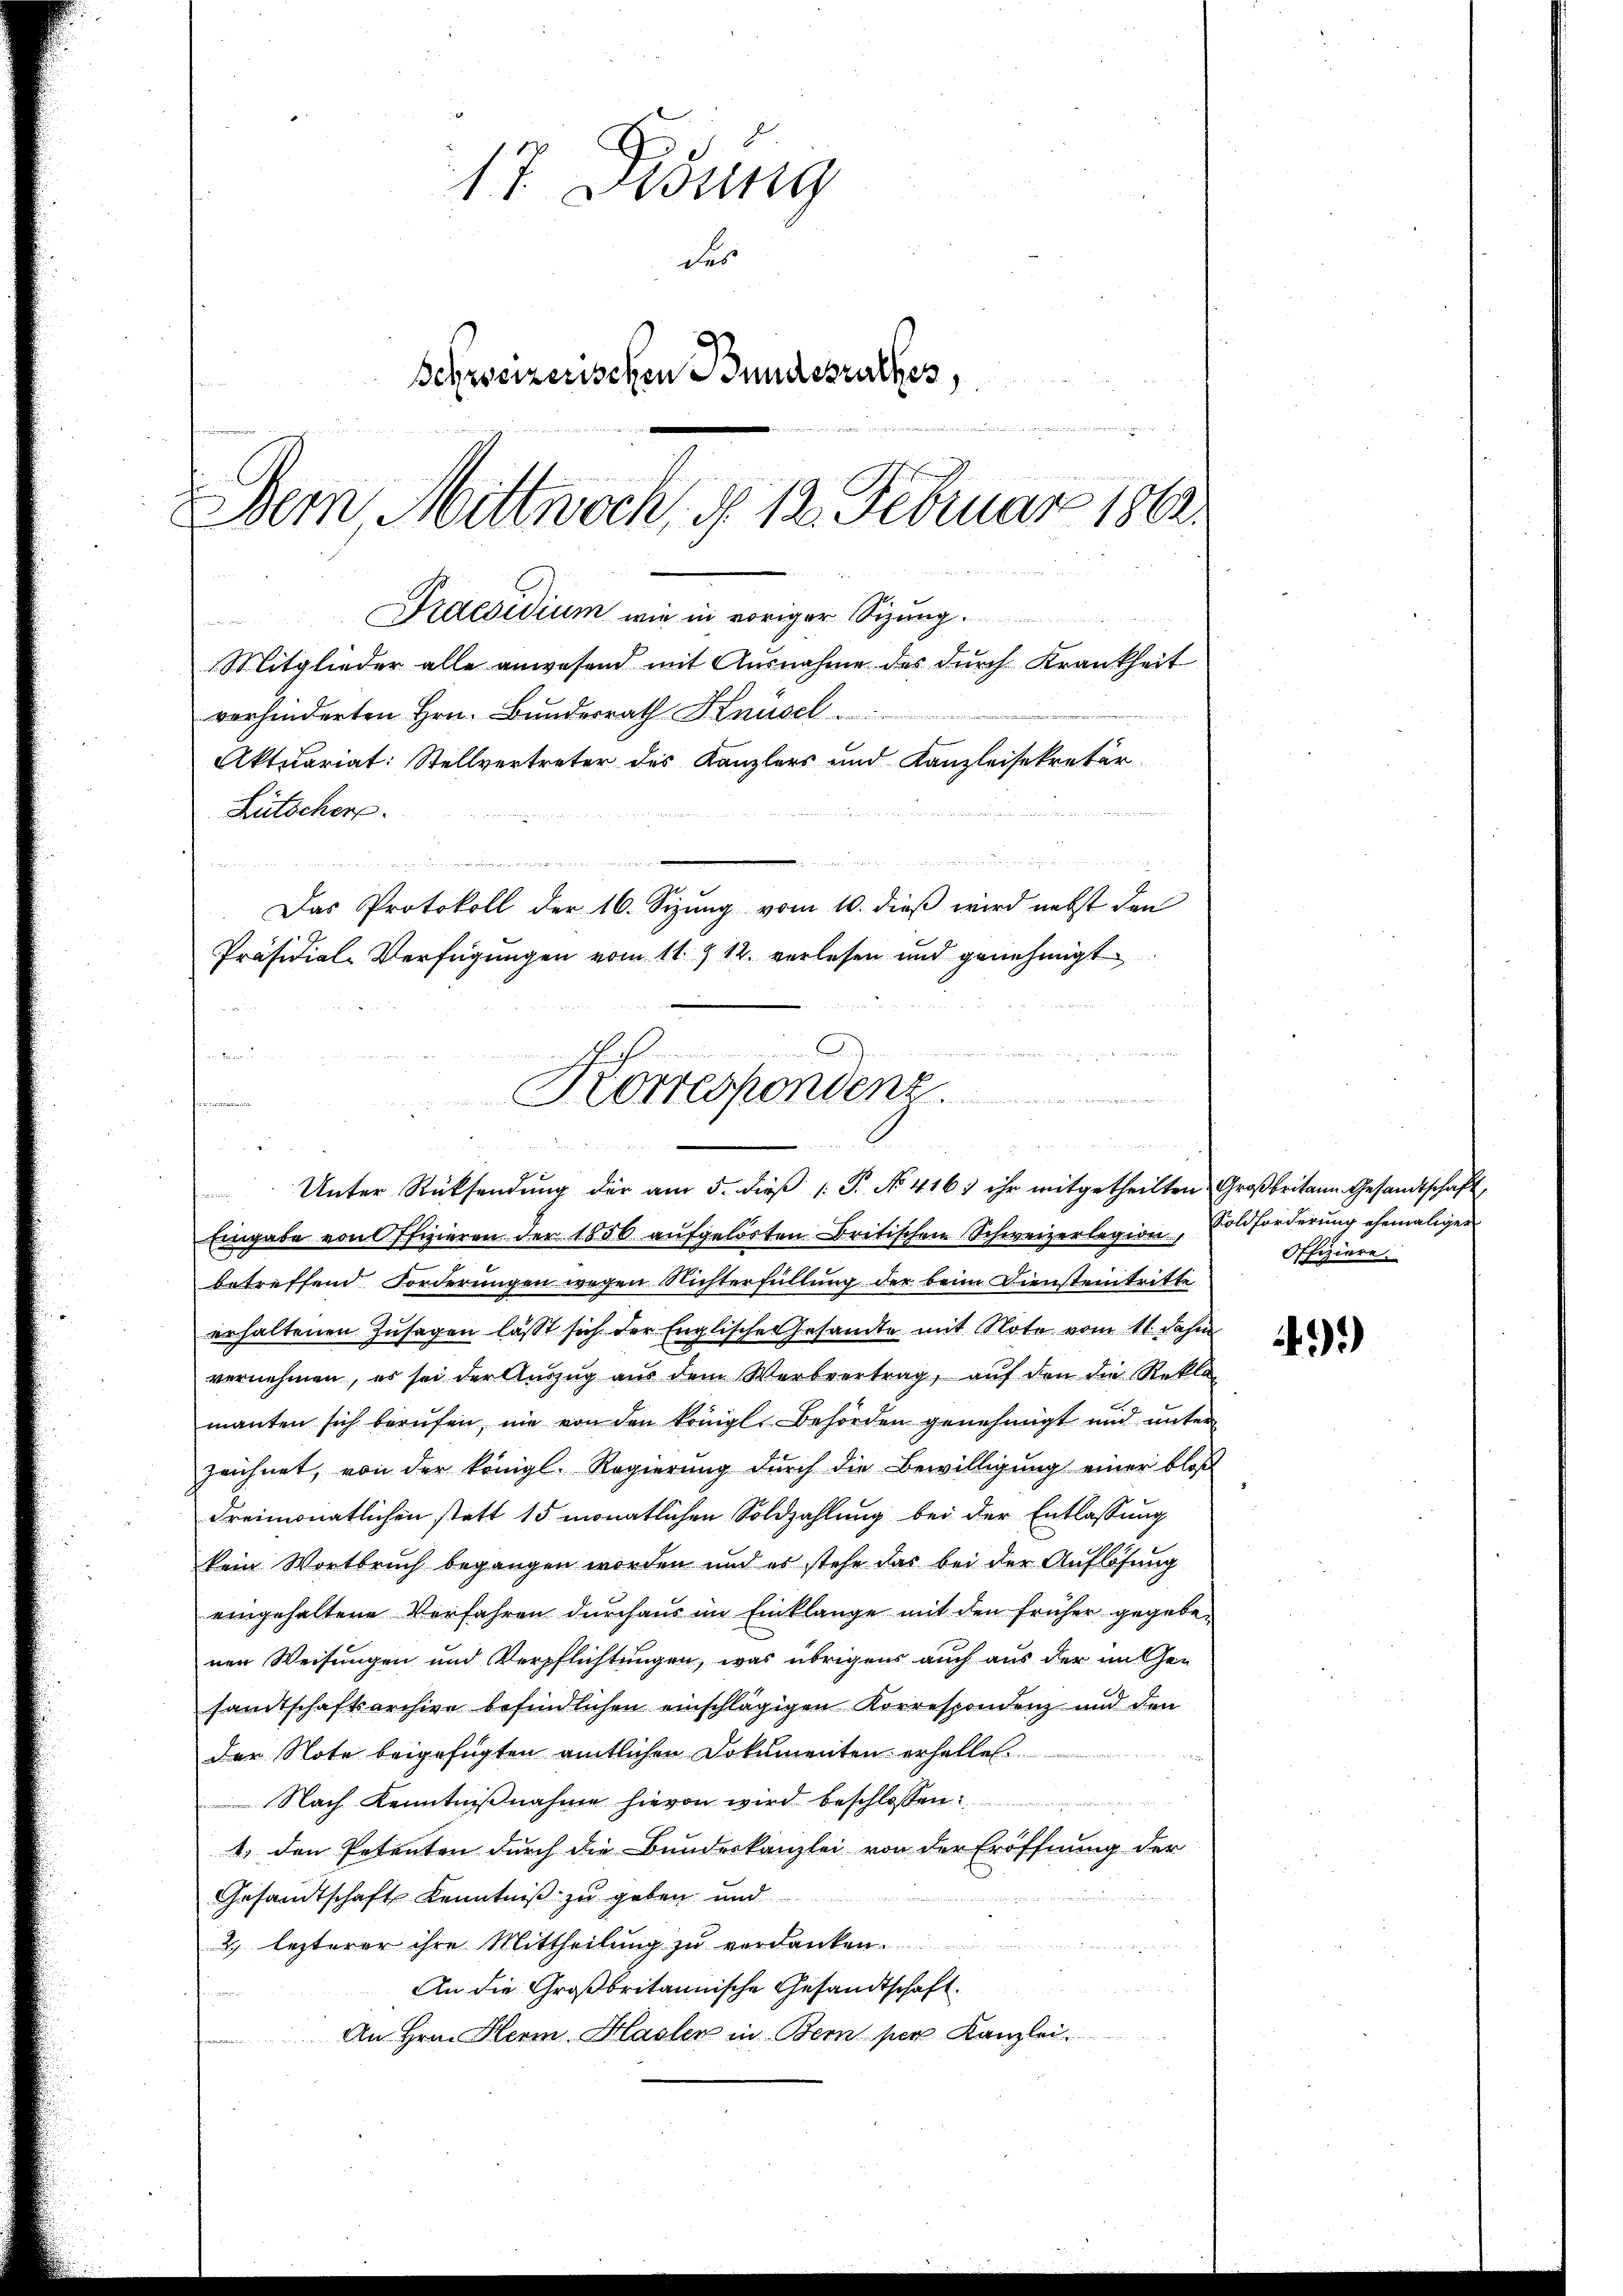
17. Didung
des
Schreizerischen Bundesrathes,

Dem Mittwoch, d. 12. Februar 1802.
Praesidium wie in voriger Sizung.
Mitglieder alle anwesend mit Ausnahme des dŭrch Krankheit
verhinderten Hrn. Bundesrath Knüsel
Aktuariat: Stellvertreter des Kanzlers und Kanzleisekretär
Lütscher.

Das Protokoll der 16. Sizung vom 10. dieβ wird nebst den
Präsidial-Verfügungen vom 11. 12. verlesen und genehmigt

Korrespondenz
.
Unter Rücksendŭng der am 5. dieβ (: P. No. 416) ihr mitgetheilten Großbritann Gesandtschaft,

Eingabe von Offizieren der 1856 aufgelösten Britischen Schweizerlegion
betreffend Forderungen wegen Richterfüllung der beim Diensteintritte
erhaltenen Zusagen lasst sich der Englische Gesandte mit Note vom 11. Jahre
vernehmen, es sei der Aŭszŭg aŭs dem Verbvertrag, aŭf den die Rekla
manten sich berŭfen, nie von den königl. Behörden genehmigt und unter
zeichnet, von der königl. Regierung durch die Bewilligung einer bloß
dreimonatlichen statt 15 monatlichen Soldzahlung bei der Entlassung
kein Wortbruch begangen worden und es stehe das bei der Auflösung
eingehaltene Verfahren durchaus im Einklange mit den früher gegebenen Weisungen und Verpflichtungen, was übrigens auch aus der unten
samtschaftsarchive befindlichen einschlägigen Korrespondenz und den
der Note beigefügten amtlichen Dokumenten erhellen.
Nach Kenntniβnahme hievon wird beschlossen:
1. den Petenten durch die Bundeskanzlei von der Eröffnung der
Gesandtschaft Kenntniß zu geben und
2) lezterer ihre Mittheilung zu verdanken.
An die Großbritannische Gesandtschaft.
An Hrn. Herm. Hasler in Bern per Kanzlei.

Soldforderung ehemaliger
Offiziere.

)